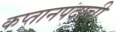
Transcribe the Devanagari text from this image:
कप्तानपदाची